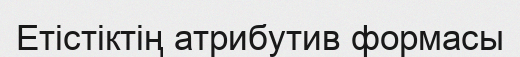
Етістіктің атрибутив формасы